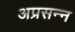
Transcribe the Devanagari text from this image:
अप्रसन्‍न